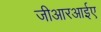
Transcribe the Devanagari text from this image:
जीआरआईए